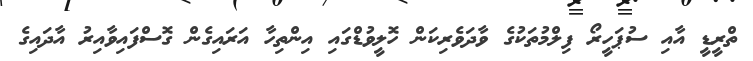
ތްރީޑީ އާއި ސުޕަހީރޯ ފިލްމުތަކުގެ ވާދަވެރިކަން ހޮލީވުޑްގައި އިންތިހާ އަރައިގެން ގޮސްފައިވާއިރު އާދައިގެ